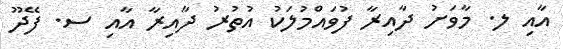
އާއި ލ. މާވަށު ދާއިރާ ފުވައްމުލަކު އުތުރު ދާއިރާ އާއި ސ. ފޭދޫ